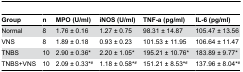
<table><thead><tr><td><b>Group</b></td><td><b>n</b></td><td><b>MPO (U/ml)</b></td><td><b>iNOS (U/ml)</b></td><td><b>TNF-a (pg/ml)</b></td><td><b>IL-6 (pg/ml)</b></td></tr></thead><tbody><tr><td>Normal</td><td>8</td><td>1.76 ± 0.16</td><td>1.27 ± 0.75</td><td>98.31 ± 14.87</td><td>105.47 ± 13.56</td></tr><tr><td>VNS</td><td>8</td><td>1.89 ± 0.18</td><td>0.93 ± 0.23</td><td>101.53 ± 11.95</td><td>106.64 ± 11.47</td></tr><tr><td>TNBS</td><td>10</td><td>2.90 ± 0.36*</td><td>2.20 ± 1.05*</td><td>195.21 ± 10.76*</td><td>183.89 ± 9.77*</td></tr><tr><td>TNBS+VNS</td><td>10</td><td>2.09 ± 0.33*<sup>#</sup></td><td>1.18 ± 0.58*<sup>#</sup></td><td>151.21 ± 8.53*<sup>#</sup></td><td>137.96 ± 8.04*<sup>#</sup></td></tr></tbody></table>